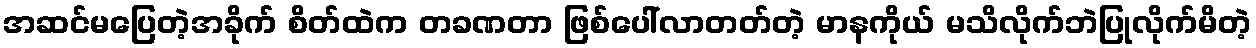
အဆင်မပြေတဲ့အခိုက် စိတ်ထဲက တခဏတာ ဖြစ်ပေါ်လာတတ်တဲ့ မာနကိုယ် မသိလိုက်ဘဲပြုလိုက်မိတဲ့